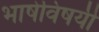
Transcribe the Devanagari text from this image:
भाषेविषयी